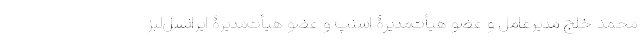
محمد خلج مدیرعامل و عضو هیأت‌مدیرۀ اسنپ و عضو هیأت‌مدیرۀ ایرانسل‌لبز